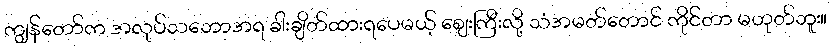
ကျွန်တော်က အလုပ်သဘောအရ ခါးချိတ်ထားရပေမယ့် ဈေးကြီးလို့ သံအမတ်တောင် ကိုင်တာ မဟုတ်ဘူး။